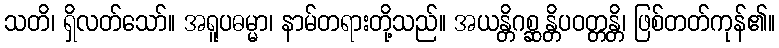
သတိ၊ ရှိလတ်သော်။ အရူပဓမ္မာ၊ နာမ်တရားတို့သည်။ အယန္တိဂစ္ဆန္တိပဝတ္တန္တိ၊ ဖြစ်တတ်ကုန်၏။